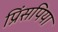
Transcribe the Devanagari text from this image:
प्रिंसपिया